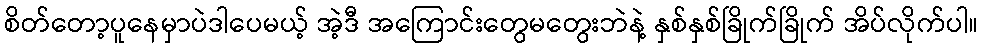
စိတ်တော့ပူနေမှာပဲဒါပေမယ့် အဲ့ဒီ အကြောင်းတွေမတွေးဘဲနဲ့ နှစ်နှစ်ခြိုက်ခြိုက် အိပ်လိုက်ပါ။